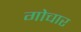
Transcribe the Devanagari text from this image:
गोचार